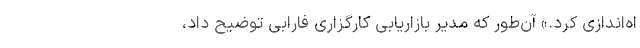
اه‌اندازی کرد.» آن‌طور که مدیر بازاریابی کارگزاری فارابی توضیح داد،